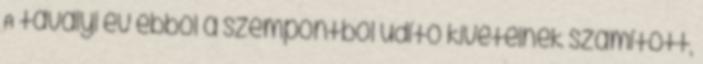
A tavalyi év ebből a szempontból üdítő kivételnek számított,